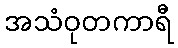
အသံဝုတကာရီ